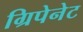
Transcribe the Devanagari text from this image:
ग्रिपेनेट